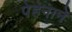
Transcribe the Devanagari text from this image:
पेहनाने